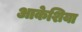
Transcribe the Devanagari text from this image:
आकेशिया